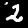
Label: 2